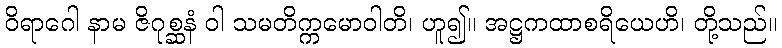
ဝိရာဂေါ နာမ ဇိဂုစ္ဆနံ ဝါ သမတိက္ကမောဝါတိ၊ ဟူ၍။ အဋ္ဌကထာစရိယေဟိ၊ တို့သည်။